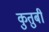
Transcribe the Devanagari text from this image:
कुतुबी